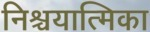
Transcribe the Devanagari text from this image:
निश्चयात्मिका